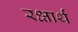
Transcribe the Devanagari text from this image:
रक्षार्थं